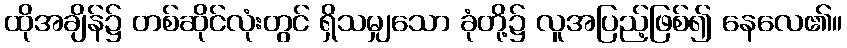
ထိုအချိန်၌ တစ်ဆိုင်လုံးတွင် ရှိသမျှသော ခုံတို့၌ လူအပြည့်ဖြစ်၍ နေလေ၏။